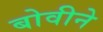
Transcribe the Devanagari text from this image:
बोवीने